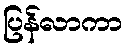
ပြန်လာကာ